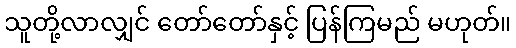
သူတို့လာလျှင် တော်တော်နှင့် ပြန်ကြမည် မဟုတ်။